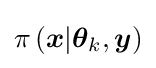
{\pi }\left({\boldsymbol {x}}|{\boldsymbol {\theta }}_{k},{\boldsymbol {y}}\right)